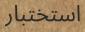
استختبار